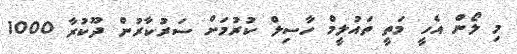
މި ލޯން އެހީ މަތީ ތައުލީމް ހާސިލް ކުރުމަށް ސަރުކާރުން ދޫކުރާ 1000